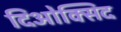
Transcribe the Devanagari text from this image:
दिओक्सिद